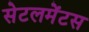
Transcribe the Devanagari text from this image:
सेटलमेंटस